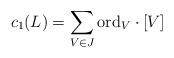
LaTeX: \begin{align*}c_1(L)=\sum_{V\in J}{\rm ord}_{V}\cdot [V]\end{align*}